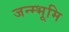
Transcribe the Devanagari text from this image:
जन्म्भूमि